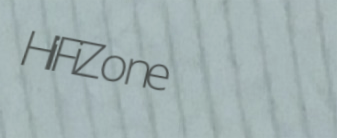
HiFiZone